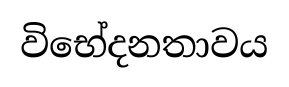
විභේදනතාවය